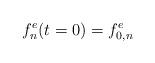
LaTeX: \begin{align*}f_n^e(t = 0) = f_{0, n }^e\end{align*}